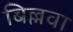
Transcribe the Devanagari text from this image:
बिल्लवा